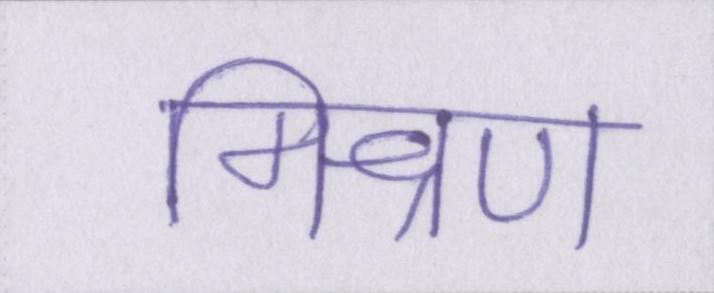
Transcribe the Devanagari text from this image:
मिश्रण